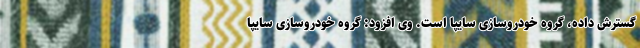
گسترش داده، گروه خودروسازی سایپا است. وی افزود: گروه خودروسازی سایپا